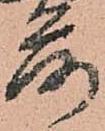
落